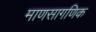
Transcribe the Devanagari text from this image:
माणसागणिक